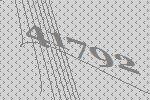
41792